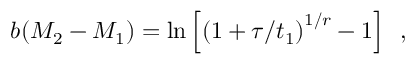
b ( M _ { 2 } - M _ { 1 } ) = \ln \left[ \left( 1 + \tau / t _ { 1 } \right) ^ { 1 / r } - 1 \right] \, \, \, ,